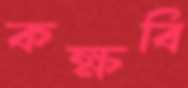
কক্ষবি